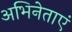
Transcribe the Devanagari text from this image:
अभिनेताएं